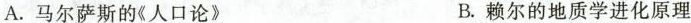
A.马尔萨斯的《人口论》 B.赖尔的地质学进化原理